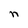
Character: n